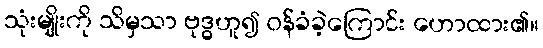
သုံးမျိုးကို သိမှသာ ဗုဒ္ဓဟူ၍ ဝန်ခံခဲ့ကြောင်း ဟောထား၏။